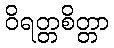
ဝိရတ္တစိတ္တာ